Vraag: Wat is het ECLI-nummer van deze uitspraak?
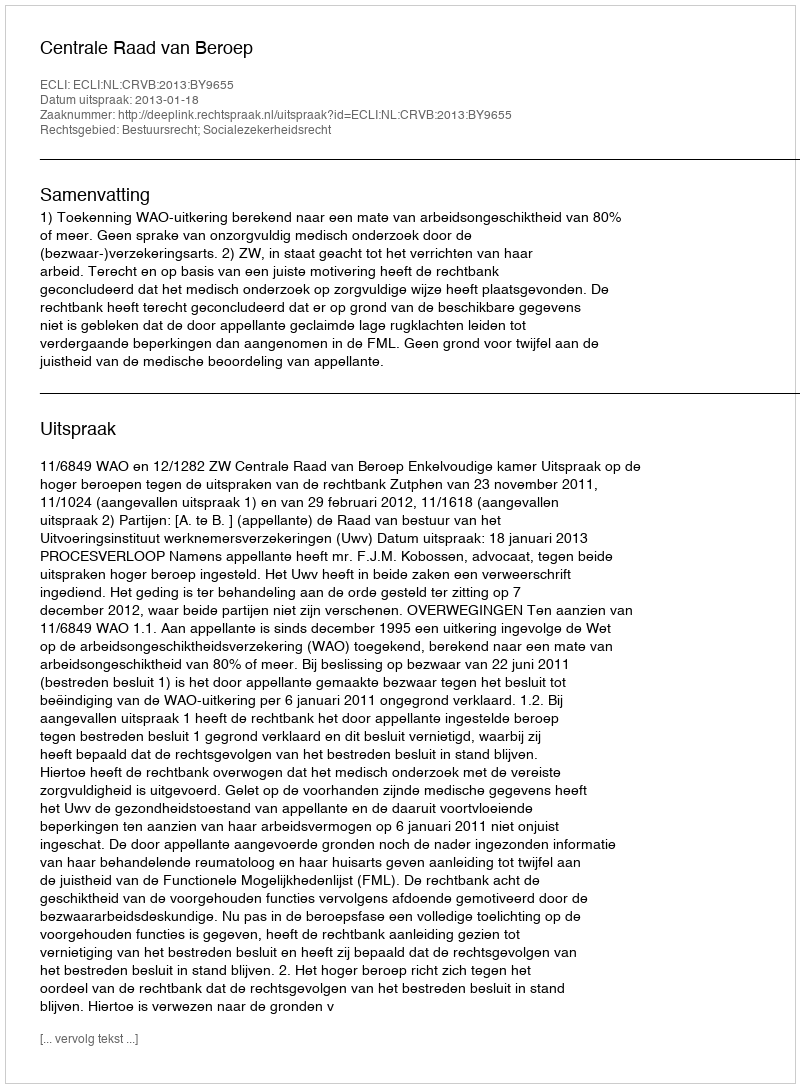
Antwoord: ECLI:NL:CRVB:2013:BY9655